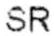
SR